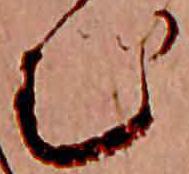
む